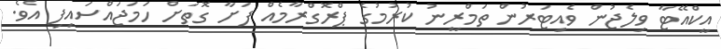
އީކްއޭޓާ ވިލެޖުން ވެއިޓަރުން ތަމްރީނު ކުރުމުގެ ޕްރޮގްރާމެއް ފަށާ ގޮތަށް ހަމަޖައްސައިފި އެވެ.